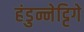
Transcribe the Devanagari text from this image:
हंडुन्नेट्टिगे